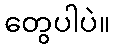
တွေပါပဲ။